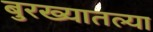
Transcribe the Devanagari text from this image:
बुरख्यातल्या